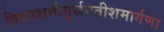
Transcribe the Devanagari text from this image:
विकाशमीयुर्जगतीशमार्गणा